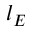
l _ { E }